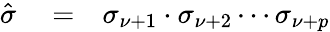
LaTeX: \begin{array}{rlr}{\hat{\sigma}}&{{}=}&{\sigma_{\nu+1}\cdot\sigma_{\nu+2}\cdots\sigma_{\nu+p}}\end{array}